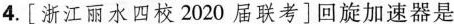
4.[浙江丽水四校2020届联考]回旋加速器是